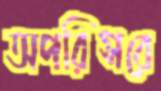
অপরিসরে